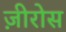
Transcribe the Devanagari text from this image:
ज़ीरोस